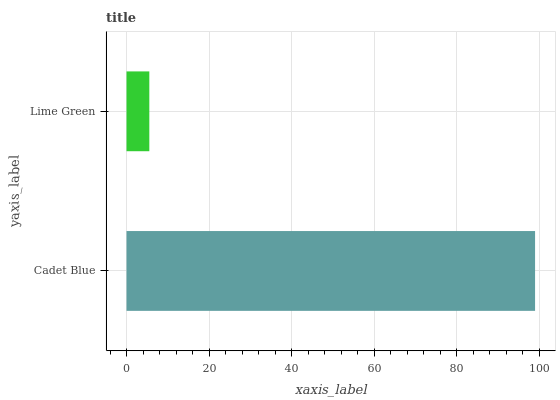
| yaxis_label | bars |
 | --- | --- |
 | Cadet Blue | 99 |
 | Lime Green | 5.53 |